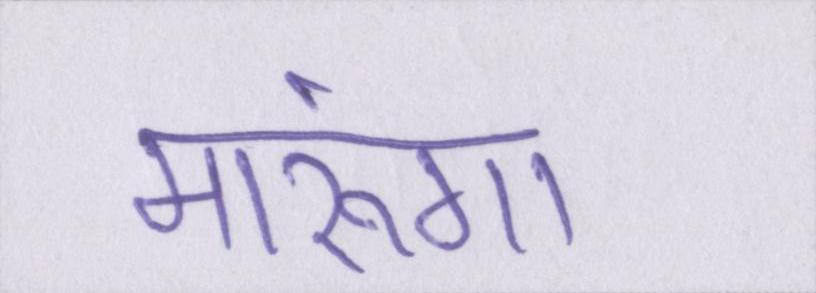
मारूंगा